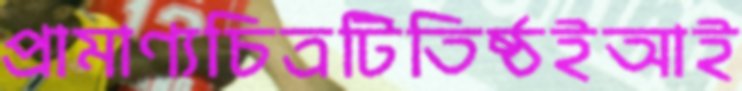
প্রামাণ্যচিত্রটিতিষ্ঠইআই